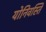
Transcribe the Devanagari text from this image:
योनिवस्ति